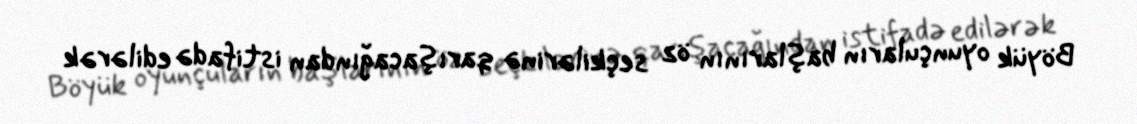
Böyük oyunçuların başlarının öz seçkilərinə qarışacağından istifadə edilərək